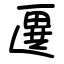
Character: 㔴